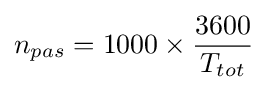
n_{pas}={1000}\times {\frac {3600}{T_{tot}}}